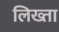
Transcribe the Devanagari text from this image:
लिख्ता